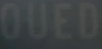
OUED